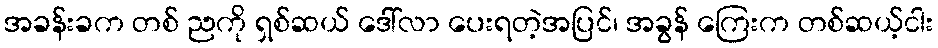
အခန်းခက တစ် ညကို ရှစ်ဆယ် ဒေါ်လာ ပေးရတဲ့အပြင်၊ အခွန် ကြေးက တစ်ဆယ့်ငါး